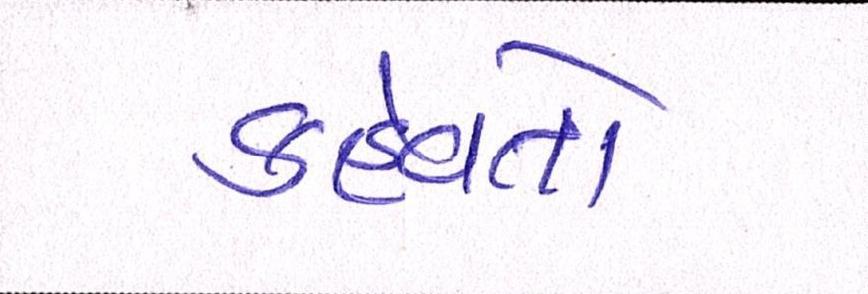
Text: કહેવતો